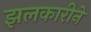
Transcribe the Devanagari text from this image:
झलकारीने